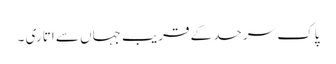
پاک سرحد کے قریب جہاں سے اتاری ۔